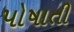
પોષાતી